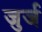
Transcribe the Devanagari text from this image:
जुर्ज